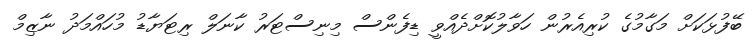
ބޭފުޅަކަށް މަގާމުގެ ކުރިއެރުން ހަވާލުކޮށްދެއްވީ ޑިފެންސް މިނިސްޓަރު ކާނަލް ރިޓަޔާޑު މުހައްމަދު ނާޒިމް